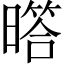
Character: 𱢩